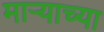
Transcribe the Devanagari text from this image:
मार्‍याच्या